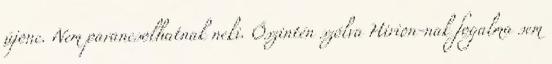
újonc. Nem parancsolhatnak neki. Őszintén szólva Hirion-nak fogalma sem